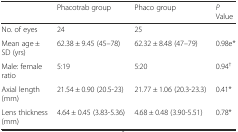
|  | Phacotrab group | Phaco group | P Value |
 | --- | --- | --- | --- |
 | No. of eyes | 24 | 25 |  |
 | Mean age ± SD (yrs) | 62.38 ± 9.45 (45–78) | 62.32 ± 8.48 (47–79) | 0.98e* |
 | Male: female ratio | 5:19 | 5:20 | 0.94† |
 | Axial length (mm) | 21.54 ± 0.90 (20.5-23) | 21.77 ± 1.06 (20.3-23.3) | 0.41* |
 | Lens thickness (mm) | 4.64 ± 0.45 (3.83-5.36) | 4.68 ± 0.48 (3.90-5.51) | 0.78* |